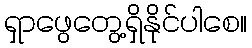
ရှာဖွေတွေ့ရှိနိုင်ပါစေ။